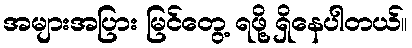
အများအပြား မြင်တွေ့ ရဖို့ ရှိနေပါတယ်။